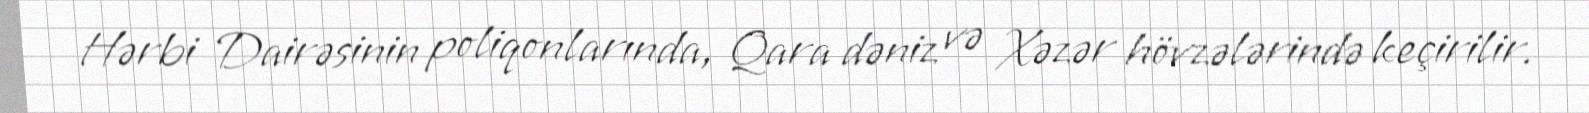
Hərbi Dairəsinin poliqonlarında, Qara dəniz və Xəzər hövzələrində keçirilir.